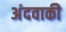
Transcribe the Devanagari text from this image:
अंदवाकी